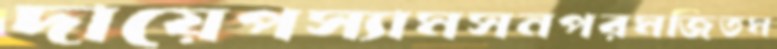
দায়েপস্যামসনপরমজিতম